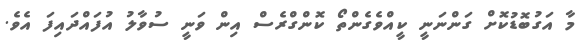
މާ އަގުބޮޑުކޮށް ގަންނަނީ ކީއްވެގެންތޯ ކޮންގްރެސް އިން ވަނީ ސުވާލު އުފައްދައިފަ އެވެ.